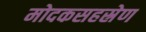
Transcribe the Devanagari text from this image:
मोदकसहस्रेण